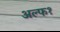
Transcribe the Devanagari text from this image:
अल्फ१